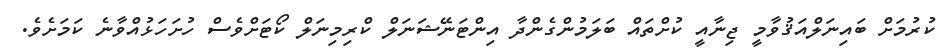
ކުރުމަށް ބައިނަލްއަޤުވާމީ ޖިނާއީ ކުށްތައް ބަލަމުންގެންދާ އިންޓަނޭޝަނަލް ކްރިމިނަލް ކޯޓަށްވެސް ހުށަހަޅުއްވާނެ ކަމަށެވެ.